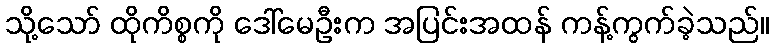
သို့သော် ထိုကိစ္စကို ဒေါ်မေဦးက အပြင်းအထန် ကန့်ကွက်ခဲ့သည်။